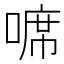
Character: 𠻊